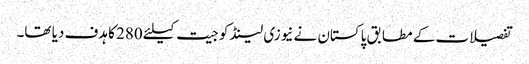
تفصیلات کے مطابق پاکستان نے نیوزی لینڈ کو جیت کیلئے 280 کا ہدف دیا تھا۔